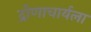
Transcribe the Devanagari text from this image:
द्रोणाचार्यला